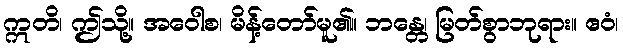
ဣတိ၊ ဤသို့။ အဝေါစ၊ မိန့်တော်မူ၏။ ဘန္တေ၊ မြတ်စွာဘုရား။ ဧဝံ၊